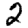
Digit: 2